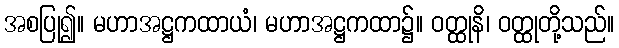
အစပြု၍။ မဟာအဋ္ဌကထာယံ၊ မဟာအဋ္ဌကထာ၌။ ဝတ္ထုနိ၊ ဝတ္ထုတို့သည်။